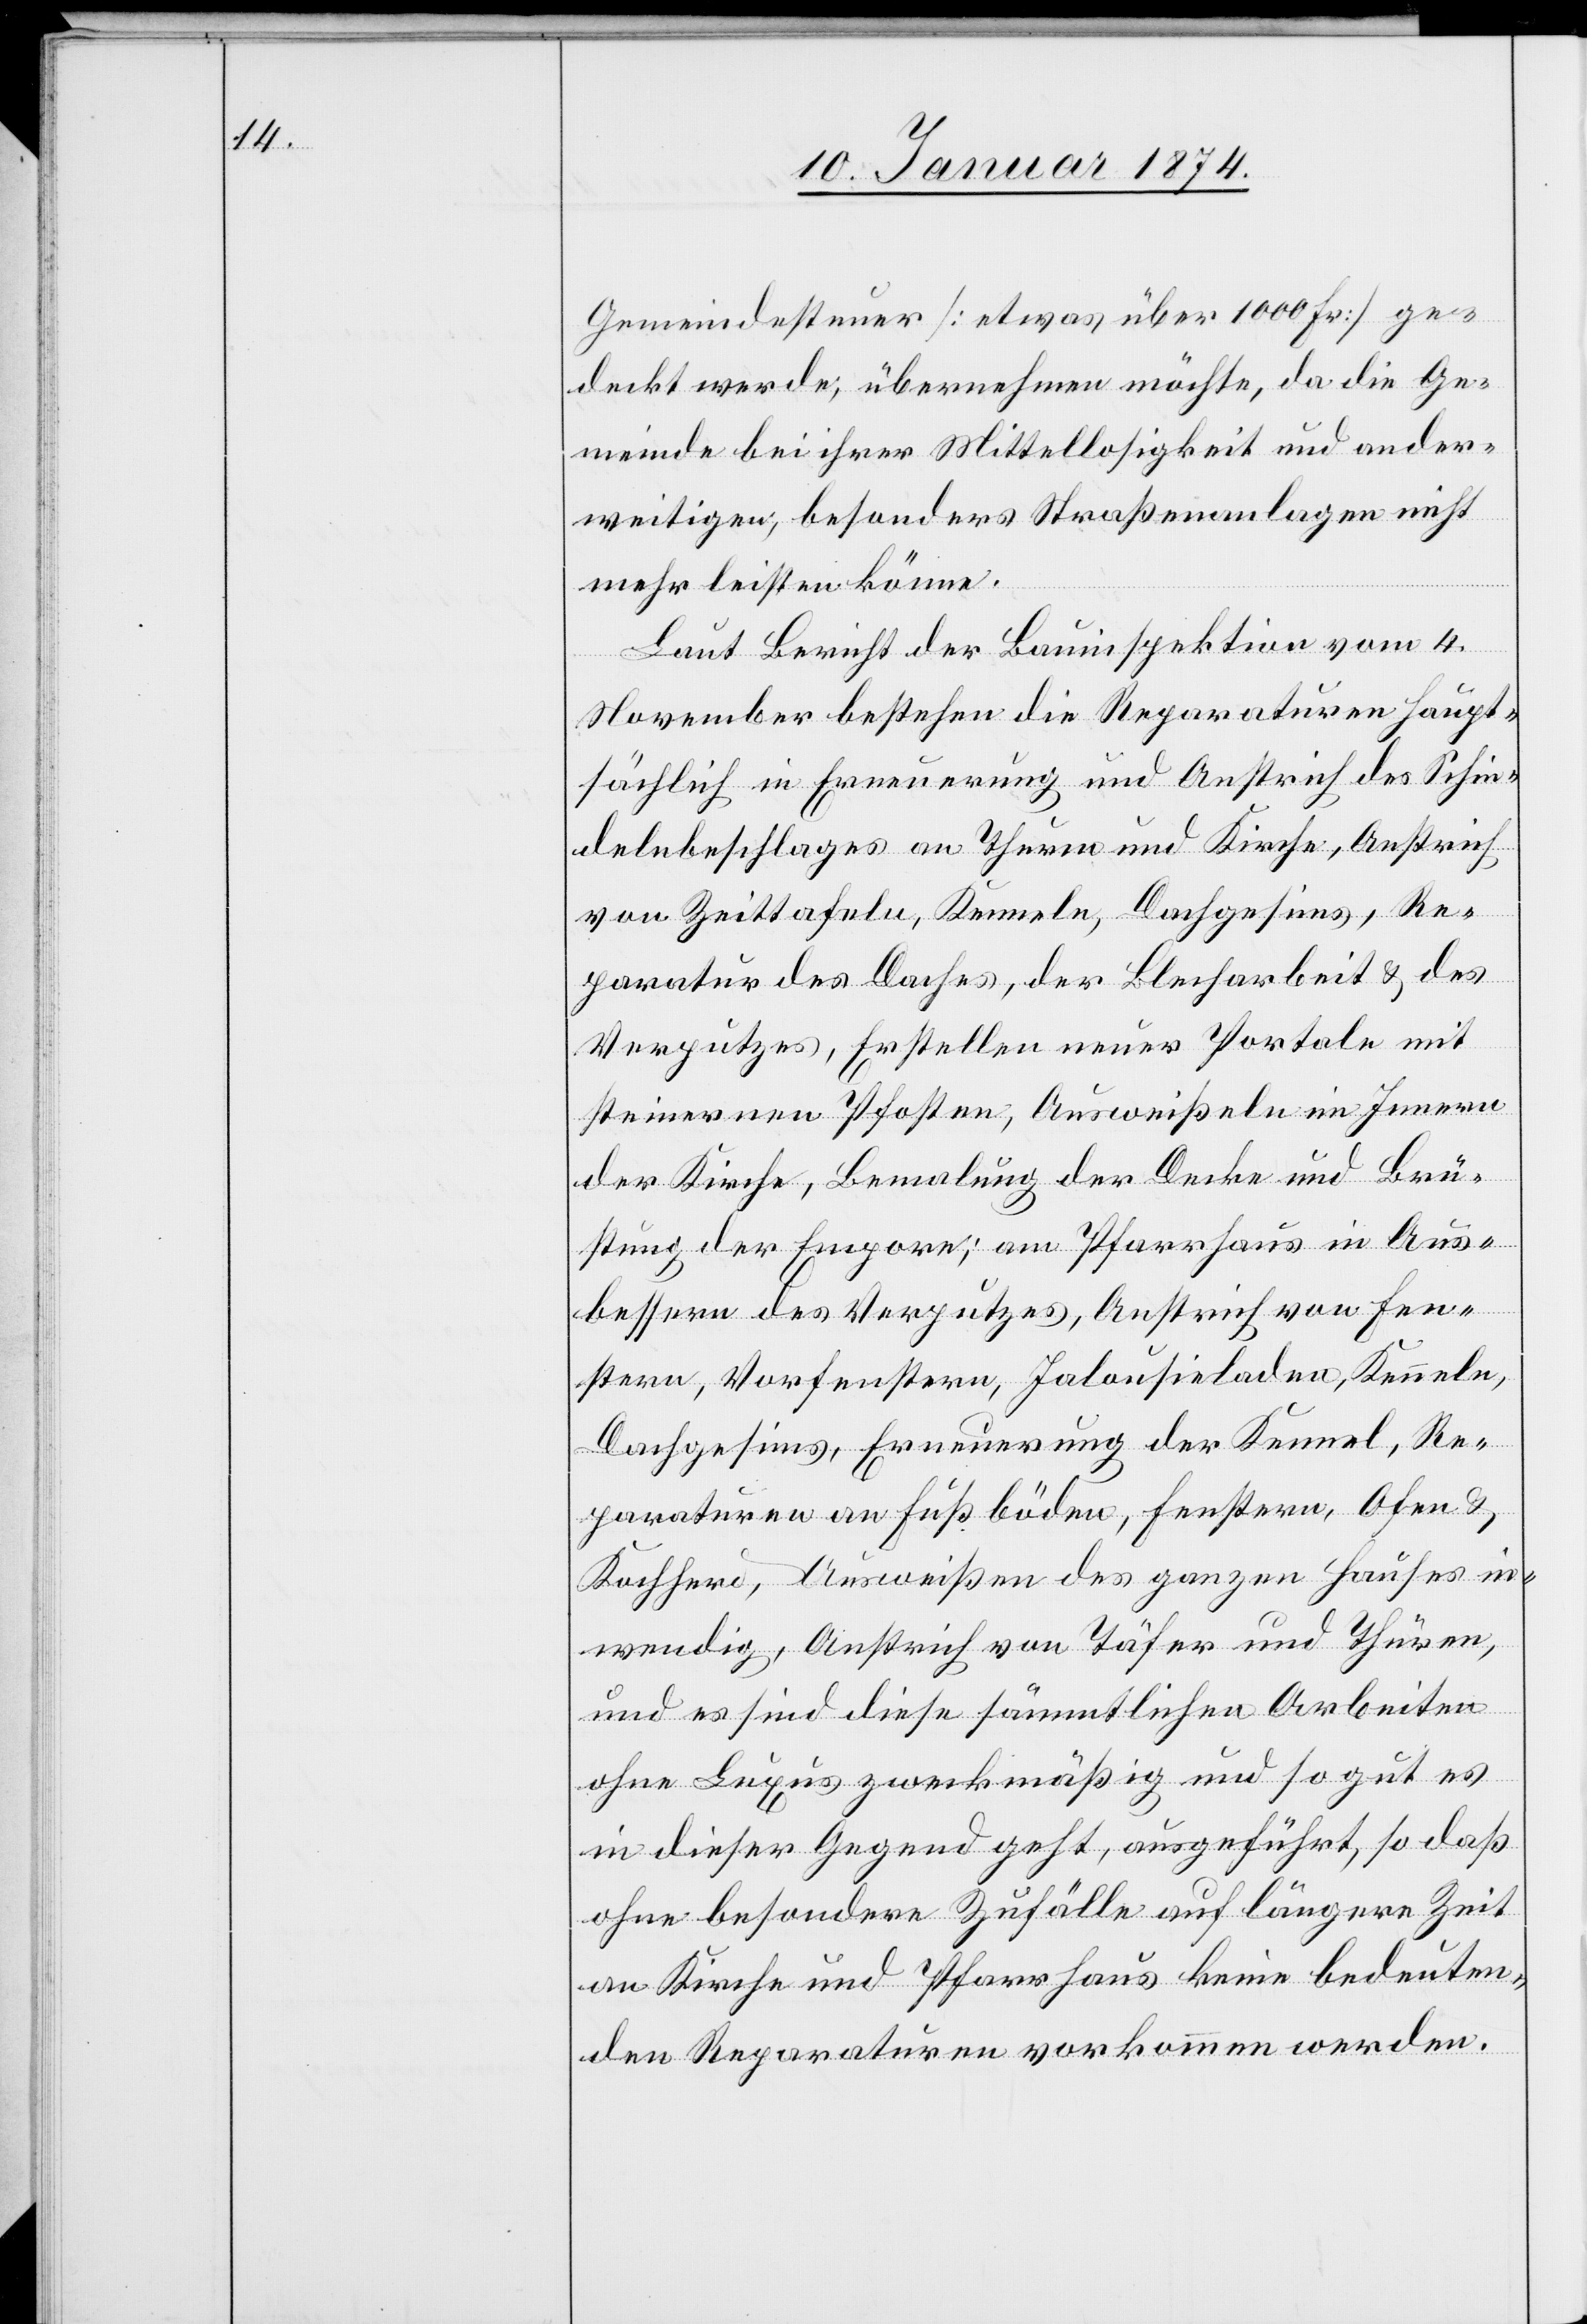
Gemeindesteuer [etwas über 1000 Fr.] ge¬
deckt werde, übernehmen möchte, da die Ge¬
meinde bei ihrer Mittellosigkeit und ander¬
weitigen, besonders Straßenanlagen nicht
mehr leisten könne.
Laut Bericht der Bauinspektion vom 4.
November bestehen die Reparaturen haupt¬
sächlich in Erneuerung und Anstrich des Schin¬
delnbeschlages an Thurm und Kirche, Anstrich
von Zeittafeln, Kenneln, Dachgesims, Re¬
paratur des Daches, der Blecharbeit & des
Verputzes, Erstellen neuer Portale mit
steinernen Pfosten, Ausweißeln im Innern
der Kirche, Bemalung der Decke und Brü¬
stung, der Empore; am Pfarrhaus in Aus¬
bessern des Verputzes, Anstrich von Fen¬
stern, Vorfenstern, Jalousieladen, Kenneln,
Dachgesims, Erneuerung der Kennel, Re¬
paraturen an Fußböden, Fenstern, Ofen u.
Kochherd, Ausweißen des ganzen Hauses in¬
wendig, Anstrich von Täfer und Thüren,
und es sind diese sämmtlichen Arbeiten
ohne Luxus zweckmäßig und so gut es
in dieser Gegend geht, ausgeführt, so daß
ohne besondere Zufälle auf längere Zeit
an Kirche und Pfarrhaus keine bedeuten¬
den Reparaturen vorkommen werden.